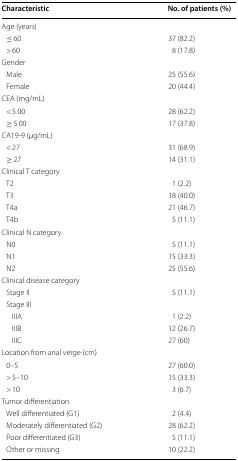
<table><thead><tr><td><b>Characteristic</b></td><td><b>No. of patients (%)</b></td></tr></thead><tbody><tr><td colspan="2">Age (years)</td></tr><tr><td> ≤ 60</td><td>37 (82.2)</td></tr><tr><td> &gt; 60</td><td>8 (17.8)</td></tr><tr><td colspan="2">Gender</td></tr><tr><td> Male</td><td>25 (55.6)</td></tr><tr><td> Female</td><td>20 (44.4)</td></tr><tr><td colspan="2">CEA (mg/mL)</td></tr><tr><td> &lt; 5.00</td><td>28 (62.2)</td></tr><tr><td> ≥ 5.00</td><td>17 (37.8)</td></tr><tr><td colspan="2">CA19-9 (μg/mL)</td></tr><tr><td> &lt; 27</td><td>31 (68.9)</td></tr><tr><td> ≥ 27</td><td>14 (31.1)</td></tr><tr><td colspan="2">Clinical T category</td></tr><tr><td> T2</td><td>1 (2.2)</td></tr><tr><td> T3</td><td>18 (40.0)</td></tr><tr><td> T4a</td><td>21 (46.7)</td></tr><tr><td> T4b</td><td>5 (11.1)</td></tr><tr><td colspan="2">Clinical N category</td></tr><tr><td> N0</td><td>5 (11.1)</td></tr><tr><td> N1</td><td>15 (33.3)</td></tr><tr><td> N2</td><td>25 (55.6)</td></tr><tr><td colspan="2">Clinical disease category</td></tr><tr><td> Stage II</td><td>5 (11.1)</td></tr><tr><td colspan="2"> Stage III</td></tr><tr><td>IIIA</td><td>1 (2.2)</td></tr><tr><td>IIIB</td><td>12 (26.7)</td></tr><tr><td>IIIC</td><td>27 (60)</td></tr><tr><td colspan="2">Location from anal verge (cm)</td></tr><tr><td> 0–5</td><td>27 (60.0)</td></tr><tr><td> &gt; 5–10</td><td>15 (33.3)</td></tr><tr><td> &gt; 10</td><td>3 (6.7)</td></tr><tr><td colspan="2">Tumor differentiation</td></tr><tr><td> Well differentiated (G1)</td><td>2 (4.4)</td></tr><tr><td> Moderately differentiated (G2)</td><td>28 (62.2)</td></tr><tr><td> Poor differentiated (G3)</td><td>5 (11.1)</td></tr><tr><td> Other or missing</td><td>10 (22.2)</td></tr></tbody></table>